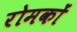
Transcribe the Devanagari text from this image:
रोमकों